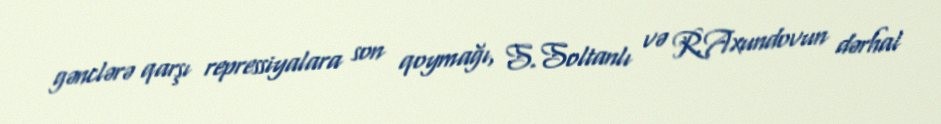
gənclərə qarşı repressiyalara son qoymağı, S.Soltanlı və R.Axundovun dərhal